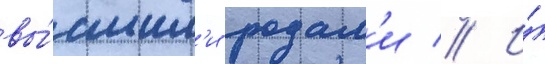
вы́сшим'и родам'и // И́